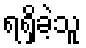
ရရှိခဲ့သူ